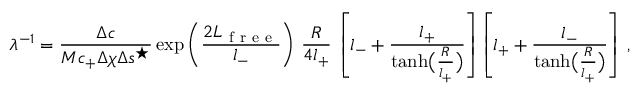
\lambda ^ { - 1 } = \frac { \Delta c } { M c _ { + } \Delta \chi \Delta s ^ { \star } } \exp \left( \frac { 2 L _ { \mathrm { ~ f ~ r ~ e ~ e ~ } } } { l _ { - } } \right) \, \frac { R } { 4 l _ { + } } \, \left[ l _ { - } + \frac { l _ { + } } { \operatorname { t a n h } \bigl ( \frac { R } { l _ { + } } \bigr ) } \right] \left[ l _ { + } + \frac { l _ { - } } { \operatorname { t a n h } \bigl ( \frac { R } { l _ { + } } \bigr ) } \right] \, ,